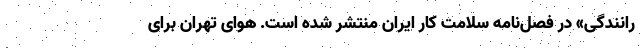
رانندگی» در فصل‌نامه سلامت کار ایران منتشر شده است. هوای ‌تهران برای